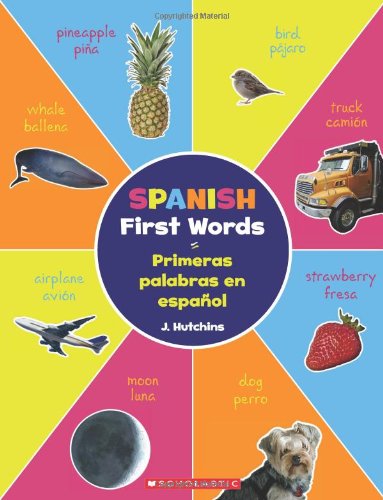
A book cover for Spanish First Words / Primeras palabras en espaÃ±ol: (Bilingual) (Spanish Edition); J. Hutchins; Children's Books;